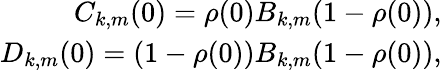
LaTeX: \begin{array}{r}{C_{k,m}(0)=\rho(0)B_{k,m}(1-\rho(0)),}\\ {D_{k,m}(0)=(1-\rho(0))B_{k,m}(1-\rho(0)),}\end{array}